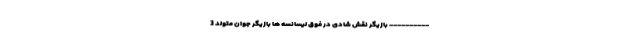
---------- بازیگر نقش شادی در فوق لیسانسه ها بازیگر جوان متولد 3